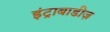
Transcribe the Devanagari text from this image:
इंट्राबाडीज़